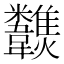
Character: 𩏶